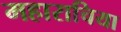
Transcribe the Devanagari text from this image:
महाराचिया